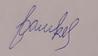
Signature authenticity: forged